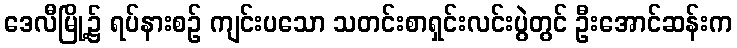
ဒေလီမြို့၌ ရပ်နားစဉ် ကျင်းပသော သတင်းစာရှင်းလင်းပွဲတွင် ဦးအောင်ဆန်းက